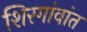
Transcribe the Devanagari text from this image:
शिरगांवांत